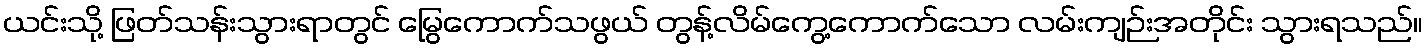
ယင်းသို့ ဖြတ်သန်းသွားရာတွင် မြွေကောက်သဖွယ် တွန့်လိမ်ကွေ့ကောက်သော လမ်းကျဉ်းအတိုင်း သွားရသည်။